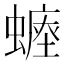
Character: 𧐷